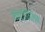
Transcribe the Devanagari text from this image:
जंक्टोफिलिन